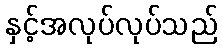
နှင့်အလုပ်လုပ်သည်